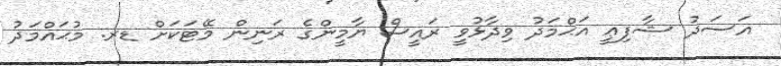
އަސަދު ޝާފިޢީ އަޙްމަދު ވިދާޅުވީ ރައީސް ޔާމީންގެ ރަނިން މޭޓަކަށް ޑރ. މުޙައްމަދު